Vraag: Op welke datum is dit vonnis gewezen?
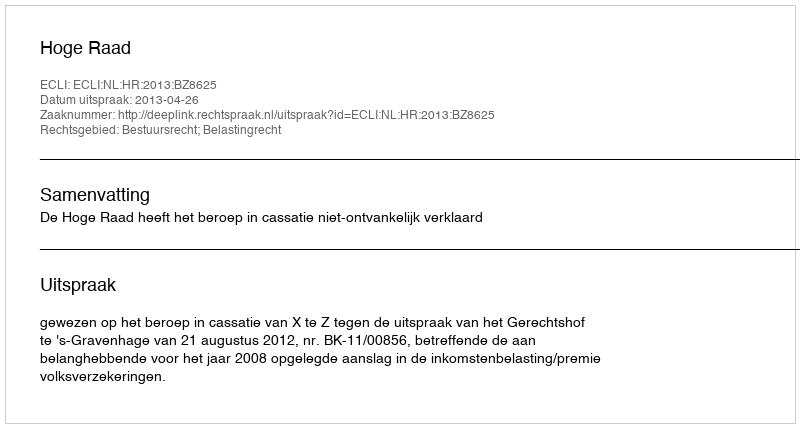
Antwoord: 2013-04-26